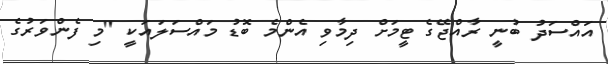
އައްސަދު ބުނީ ރާއްޖޭގެ ޓީމަށް ދިމާވި އެންމެ ބޮޑު މައްސަލައަކީ "މި ފެންވަރުގެ